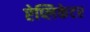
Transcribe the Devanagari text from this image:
ऐप्लिकेटर